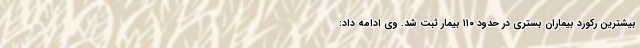
بیشترین رکورد بیماران بستری در حدود ۱۱۰ بیمار ثبت شد. وی ادامه داد: